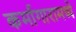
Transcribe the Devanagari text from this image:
कर्मागारामध्ये